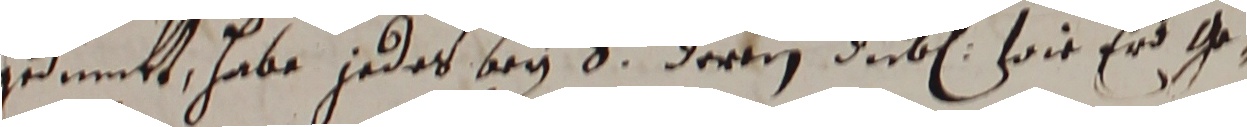
gumkt, habe jedes bey 3 derten duben, wie er g